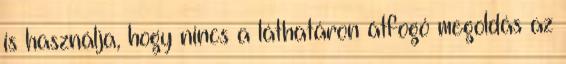
is használja, hogy nincs a láthatáron átfogó megoldás az